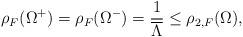
LaTeX: \begin{align*}\rho_{F}(\Omega^{+})=\rho_{F}(\Omega^{-})=\frac{1}{\overline \Lambda} \le \rho_{2,F}(\Omega), \end{align*}